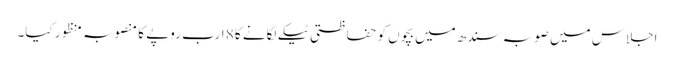
اجلاس میں صوبہ سندھ میں بچوں کو حفاظتی ٹیکے لگانے کا 8 ارب روپے کا منصوبہ منظور کیا۔